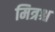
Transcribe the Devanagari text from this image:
मित्रश्च